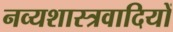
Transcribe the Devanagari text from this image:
नव्यशास्त्रवादियों